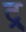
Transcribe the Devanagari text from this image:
ट्र्